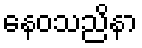
နေဝသညိနာ